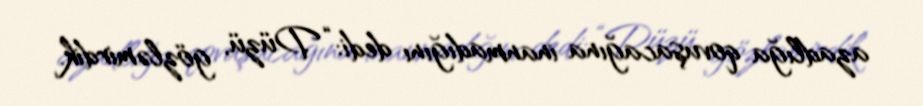
azadlığa qovuşacağına inanmadığını dedi: “Düzü, gözləmirdik.